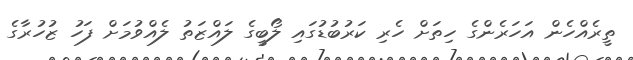
ތީރެއްހެން އަހަރެންގެ ހިތަށް ހެރި ކަރުބުޑުގައި ލޯބީގެ ލައްޒަތު ލެއްވުމަށް ފަހު ޒުހުރާގެ